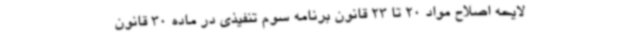
لایحه اصلاح مواد 20 تا 23 قانون برنامه سوم تنفیذی در ماده 30 قانون